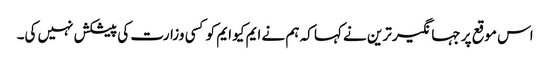
اس موقع پر جہانگیر ترین نے کہا کہ ہم نے ایم کیو ایم کو کسی وزارت کی پیشکش نہیں کی۔